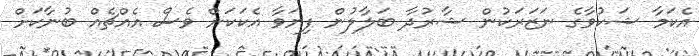
އެކަމާ ޝަކުވާގެ ނަޒަރަކުން ޝާރުދާ ބަލާލުން ފިޔަވާ އެކަކަށް ވެސް އެއްޗެއް ބުނާކަށް